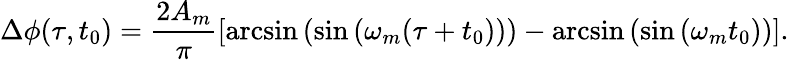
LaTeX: \Delta\phi(\tau,t_{0})=\frac{2A_{m}}{\pi}\left[\arcsin\left(\sin\left(\omega_{m}(\tau+t_{0})\right)\right)-\arcsin\left(\sin\left(\omega_{m}t_{0}\right)\right)\right].